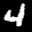
Label: 4